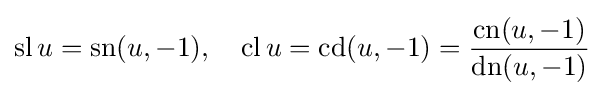
\operatorname {sl} u=\operatorname {sn} (u,-1),\quad \operatorname {cl} u=\operatorname {cd} (u,-1)={\frac {\operatorname {cn} (u,-1)}{\operatorname {dn} (u,-1)}}